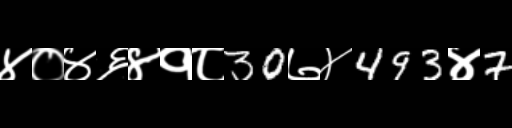
Text: ४०४६४१८30७४493४7